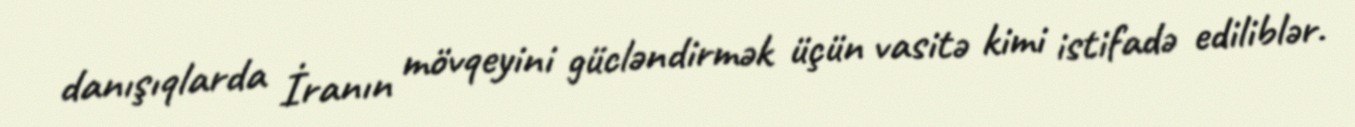
danışıqlarda İranın mövqeyini gücləndirmək üçün vasitə kimi istifadə ediliblər.